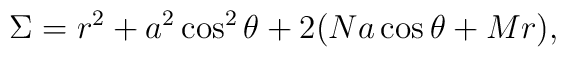
\Sigma=r^2+a^2\cos^2\theta+2(Na\cos\theta+Mr),